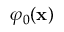
\varphi _ { 0 } ( \mathbf { x } )